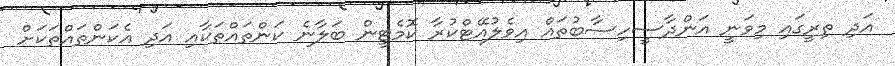
އަދި ތިރީގައި މިވަނީ އަންދާސީހިސާބުތައް އިވެލުއޭޓްކުރާ ކޮމެޓީން ބަލާނެ ކަންތައްތަކާއި އަދި އެކަންތައްތަކަށް